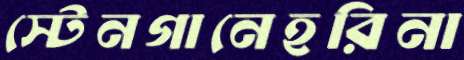
স্টেনগানেহরিনা